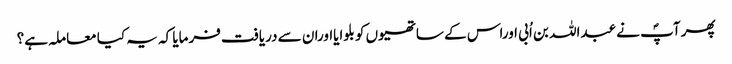
پھر آپؐ نے عبداللہ بن اُبی اوراس کے ساتھیوں کو بلوایااوران سے دریافت فرمایا کہ یہ کیا معاملہ ہے؟